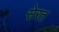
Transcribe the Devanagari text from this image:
सेरत